Vaccination in Bombay 1913-1923 - 1913-1923
Year: 1913
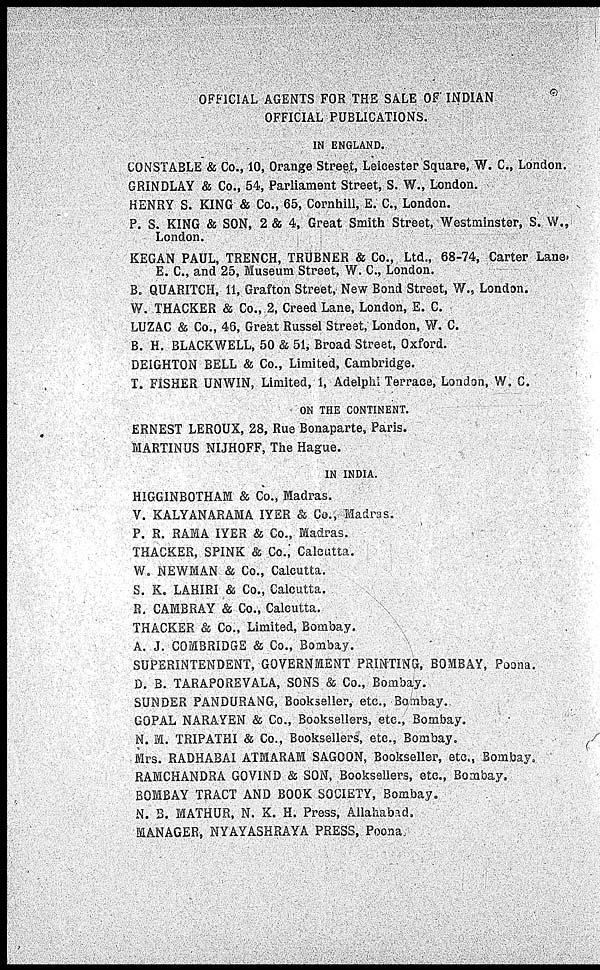
OFFICIAL AGENTS FOR THE SALE OF INDIAN
OFFICIAL PUBLICATIONS.
IN ENGLAND.
CONSTABLE & Co., 10, Orange Street, Leicester Square, W. C., London.
GRINDLAY & Co., 54, Parliament Street, S. W., London.
HENRY S. KING & Co., 65, Cornhill, E. C., London.
P. S. KING & SON, 2 & 4, Great Smith Street, Westminster, S. W.,
London.
KEGAN PAUL, TRENCH, TRUBNER & Co., Ltd., 68-74, Carter Lane,
E. C., and 25, Museum Street, W. C., London.
B. QUARITCH, 11, Grafton Street, New Bond Street, W., London.
W. THACKER & Co., 2, Creed Lane, London, E. C.
LUZAC & Co., 46, Great Russel Street, London, W. C.
B. H. BLACKWELL, 50 & 51, Broad Street, Oxford.
DEIGHTON BELL & Co., Limited, Cambridge.
T. FISHER UNWIN, Limited, 1, Adelphi Terrace, London, W. C.
ON THE CONTINENT.
ERNEST LEROUX, 28, Rue Bonaparte, Paris.
MARTINUS NIJHOFF, The Hague.
IN INDIA.
HIGGINBOTHAM & Co., Madras.
V. KALYANARAMA IYER & Co., Madras.
P. R. RAMA IYER & Co., Madras.
THACKER, SPINK & Co., Calcutta.
W. NEWMAN & Co., Calcutta.
S. K. LAHIRI & Co., Calcutta.
R. CAMBRAY & Co., Calcutta.
THACKER & Co., Limited, Bombay.
A. J. COMBRIDGE & Co., Bombay.
SUPERINTENDENT, GOVERNMENT PRINTING, BOMBAY, Poona.
D. B. TARAPOREVALA, SONS & Co., Bombay.
SUNDER PANDURANG, Bookseller, etc., Bombay.
GOPAL NARAYEN & Co., Booksellers, etc., Bombay.
N. M. TRIPATHI & Co., Booksellers, etc., Bombay.
Mrs. RADHABAI ATMARAM SAGOON, Bookseller, etc., Bombay.
RAMCHANDRA GOVIND & SON, Booksellers, etc., Bombay.
BOMBAY TRACT AND BOOK SOCIETY, Bombay.
N. B. MATHUR, N. K. H. Press, Allahabad.
MANAGER, NYAYASHRAYA PRESS, Poona.